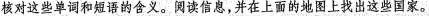
核对这些单词和短语的含义。阅读信息，并在上面的地图上找出这些国家。